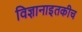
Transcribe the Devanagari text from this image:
विज्ञानाइतकीच